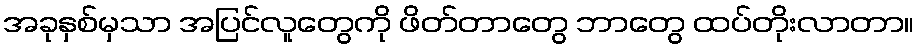
အခုနှစ်မှသာ အပြင်လူတွေကို ဖိတ်တာတွေ ဘာတွေ ထပ်တိုးလာတာ။